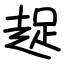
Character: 趗